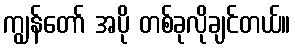
ကျွန်တော် အပို တစ်ခုလိုချင်တယ်။